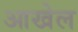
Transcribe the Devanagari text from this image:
आखेल